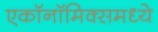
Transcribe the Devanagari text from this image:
एकॉनॉमिक्समध्ये